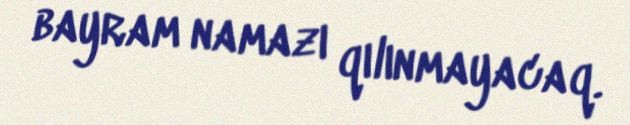
bayram namazı qılınmayacaq.